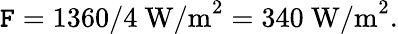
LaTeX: \mathtt{F}=1360/4\mathrm{{\ W/m}}^{2}=340\mathrm{{\ W/m}}^{2}.